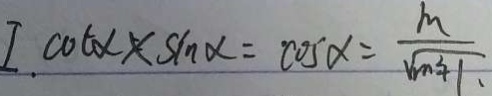
I . \cot \alpha \times \sin \alpha = \cos \alpha = \frac { m } { \sqrt { m ^ { 2 } + 1 } }